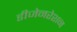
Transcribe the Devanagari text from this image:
डीजेनरेशन